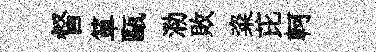
督箪甌泐敗粢芘軻